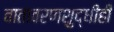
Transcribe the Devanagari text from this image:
वातावरणशुद्धीही